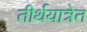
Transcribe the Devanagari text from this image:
तीर्थयात्रेत